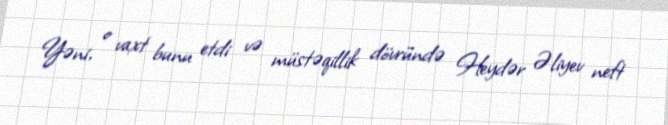
Yəni, o vaxt bunu etdi və müstəqillik dövründə Heydər Əliyev neft